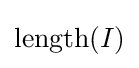
\operatorname {length} (I)